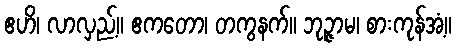
ဧဟိ၊ လာလှည့်။ ဧကတော၊ တကွနက်။ ဘုဉ္ဇာမ၊ စားကုန်အံ့။